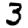
Digit: 3